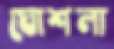
ঘোশলা